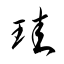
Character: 珪